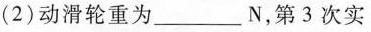
(2)动滑轮重为___N，第 3 次实